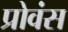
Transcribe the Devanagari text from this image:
प्रोवंस